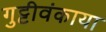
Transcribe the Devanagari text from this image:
गुट्टीवंकाया